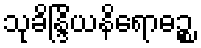
သုခိန္ဒြိယနိရောဓဉ္စ